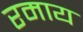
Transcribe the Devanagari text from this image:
रमाय